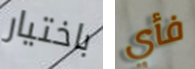
باختيار فأي